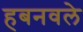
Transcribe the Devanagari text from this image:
हबनवले